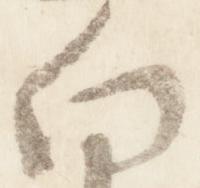
向